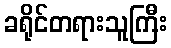
ခရိုင်တရားသူကြီး